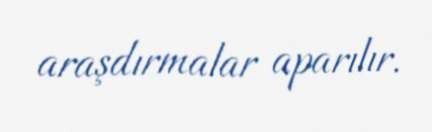
araşdırmalar aparılır.